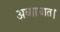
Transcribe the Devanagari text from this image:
अव्याघात।